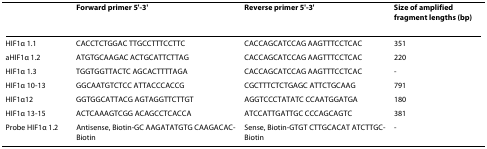
<table><thead><tr><td></td><td><b>Forward primer 5&#x27;-3&#x27;</b></td><td><b>Reverse primer 5&#x27;-3&#x27;</b></td><td><b>Size of amplified fragment lengths (bp)</b></td></tr></thead><tbody><tr><td>HIF1α 1.1</td><td>CACCTCTGGAC TTGCCTTTCCTTC</td><td>CACCAGCATCCAG AAGTTTCCTCAC</td><td>351</td></tr><tr><td>aHIF1α 1.2</td><td>ATGTGCAAGAC ACTGCATTCTTAG</td><td>CACCAGCATCCAG AAGTTTCCTCAC</td><td>220</td></tr><tr><td>HIF1α 1.3</td><td>TGGTGGTTACTC AGCACTTTTAGA</td><td>CACCAGCATCCAG AAGTTTCCTCAC</td><td>-</td></tr><tr><td>HIF1α 10-13</td><td>GGCAATGTCTCC ATTACCCACCG</td><td>CGCTTTCTCTGAGC ATTCTGCAAG</td><td>791</td></tr><tr><td>HIF1α12</td><td>GGTGGCATTACG AGTAGGTTCTTGT</td><td>AGGTCCCTATATC CCAATGGATGA</td><td>180</td></tr><tr><td>HIF1α 13-15</td><td>ACTCAAAGTCGG ACAGCCTCACCA</td><td>ATCCATTGATTGC CCCAGCAGTC</td><td>381</td></tr><tr><td>Probe HIF1α 1.2</td><td>Antisense, Biotin-GC AAGATATGTG CAAGACAC-Biotin</td><td>Sense, Biotin-GTGT CTTGCACAT ATCTTGC-Biotin</td><td>-</td></tr></tbody></table>